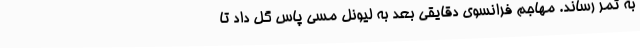
به ثمر رساند. مهاجم فرانسوی دقایقی بعد به لیونل مسی پاس گل داد تا